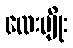
လေးမျိုး